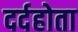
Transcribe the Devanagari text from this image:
दर्दहोता